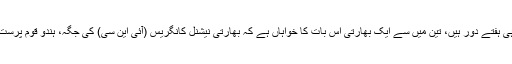
رپورٹ میں کہا گیا ہے کہ ایسے میں جب بھارتی پارلیمانی انتخابات چند ہی ہفتے دور ہیں، تین میں سے ایک بھارتی اس بات کا خواہاں ہے کہ بھارتی نیشنل کانگریس (آئی این سی) کی جگہ، ہندو قوم پرست حزب مخالف کی بھارتیہ جنتا پارٹی (بی جے پی) اگلی حکومت سنبھالے۔